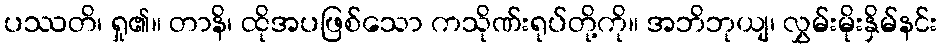
ပဿတိ၊ ရှု၏။ တာနိ၊ ထိုအပဖြစ်သော ကသိုဏ်းရုပ်တို့ကို။ အဘိဘုယျ၊ လွှမ်းမိုးနှိမ်နင်း